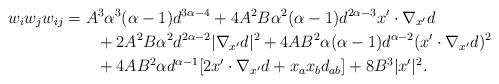
LaTeX: \begin{align*}w_iw_jw_{ij}&=A^3\alpha^3(\alpha-1)d^{3\alpha-4}+4A^2B\alpha^2(\alpha-1)d^{2\alpha-3}x'\cdot\nabla_{x'}d\\&\qquad+2A^2B\alpha^2d^{2\alpha-2}|\nabla_{x'}d|^2+4AB^2\alpha(\alpha-1)d^{\alpha-2}(x'\cdot\nabla_{x'}d)^2\\&\qquad+4AB^2\alpha d^{\alpha-1}[2x'\cdot\nabla_{x'}d+x_ax_bd_{ab}]+8B^3|x'|^2.\end{align*}